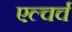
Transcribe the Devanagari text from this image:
एल्चर्च